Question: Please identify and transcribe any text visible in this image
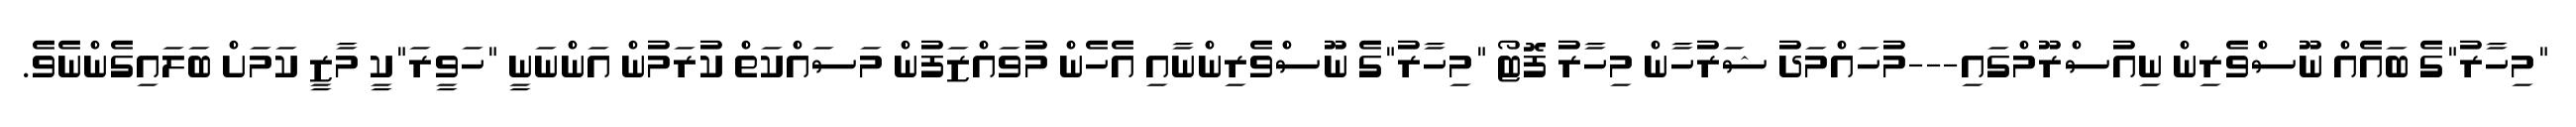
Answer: "މިހާރު"ގެ ބައެއް ނޫސްވެރިން ނިއުސްރޫމްގައި---މުހައްމަދު ޝަރުހާން މިހާރު ފޮޓޯ "މިހާރު"ގެ ނޫސްވެރިންނާއި އެހެން މުވައްޒަފުން މަސައްކަތް ކުރަމުން އަންނަނީ "ހަވީރަ"ކީ މާޒީ ކަމަށް ބަލައިގެންނެވެ.